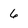
Character: 6